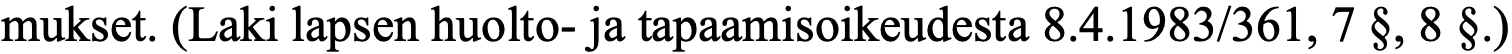
mukset. (Laki lapsen huolto- ja tapaamisoikeudesta 8.4.1983/361, 7 §, 8 §.)